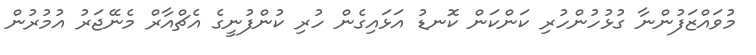
މުވައްޒަފުންނާ ގުޅުހުންހުރި ކަންކަން ކޮނޑު އަޅައިގެން ހުރި ކުންފުނީގެ އެޗްއާރް މެނޭޖަރު އުމުރުން